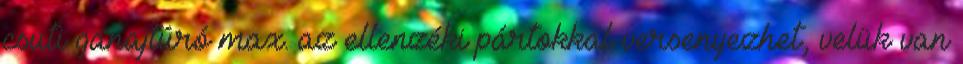
csuti ganajtúró max. az ellenzéki pártokkal versenyezhet, velük van